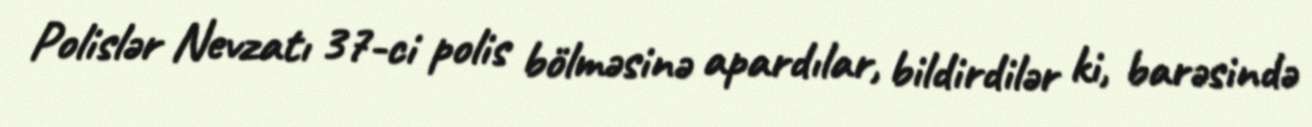
Polislər Nevzatı 37-ci polis bölməsinə apardılar, bildirdilər ki, barəsində